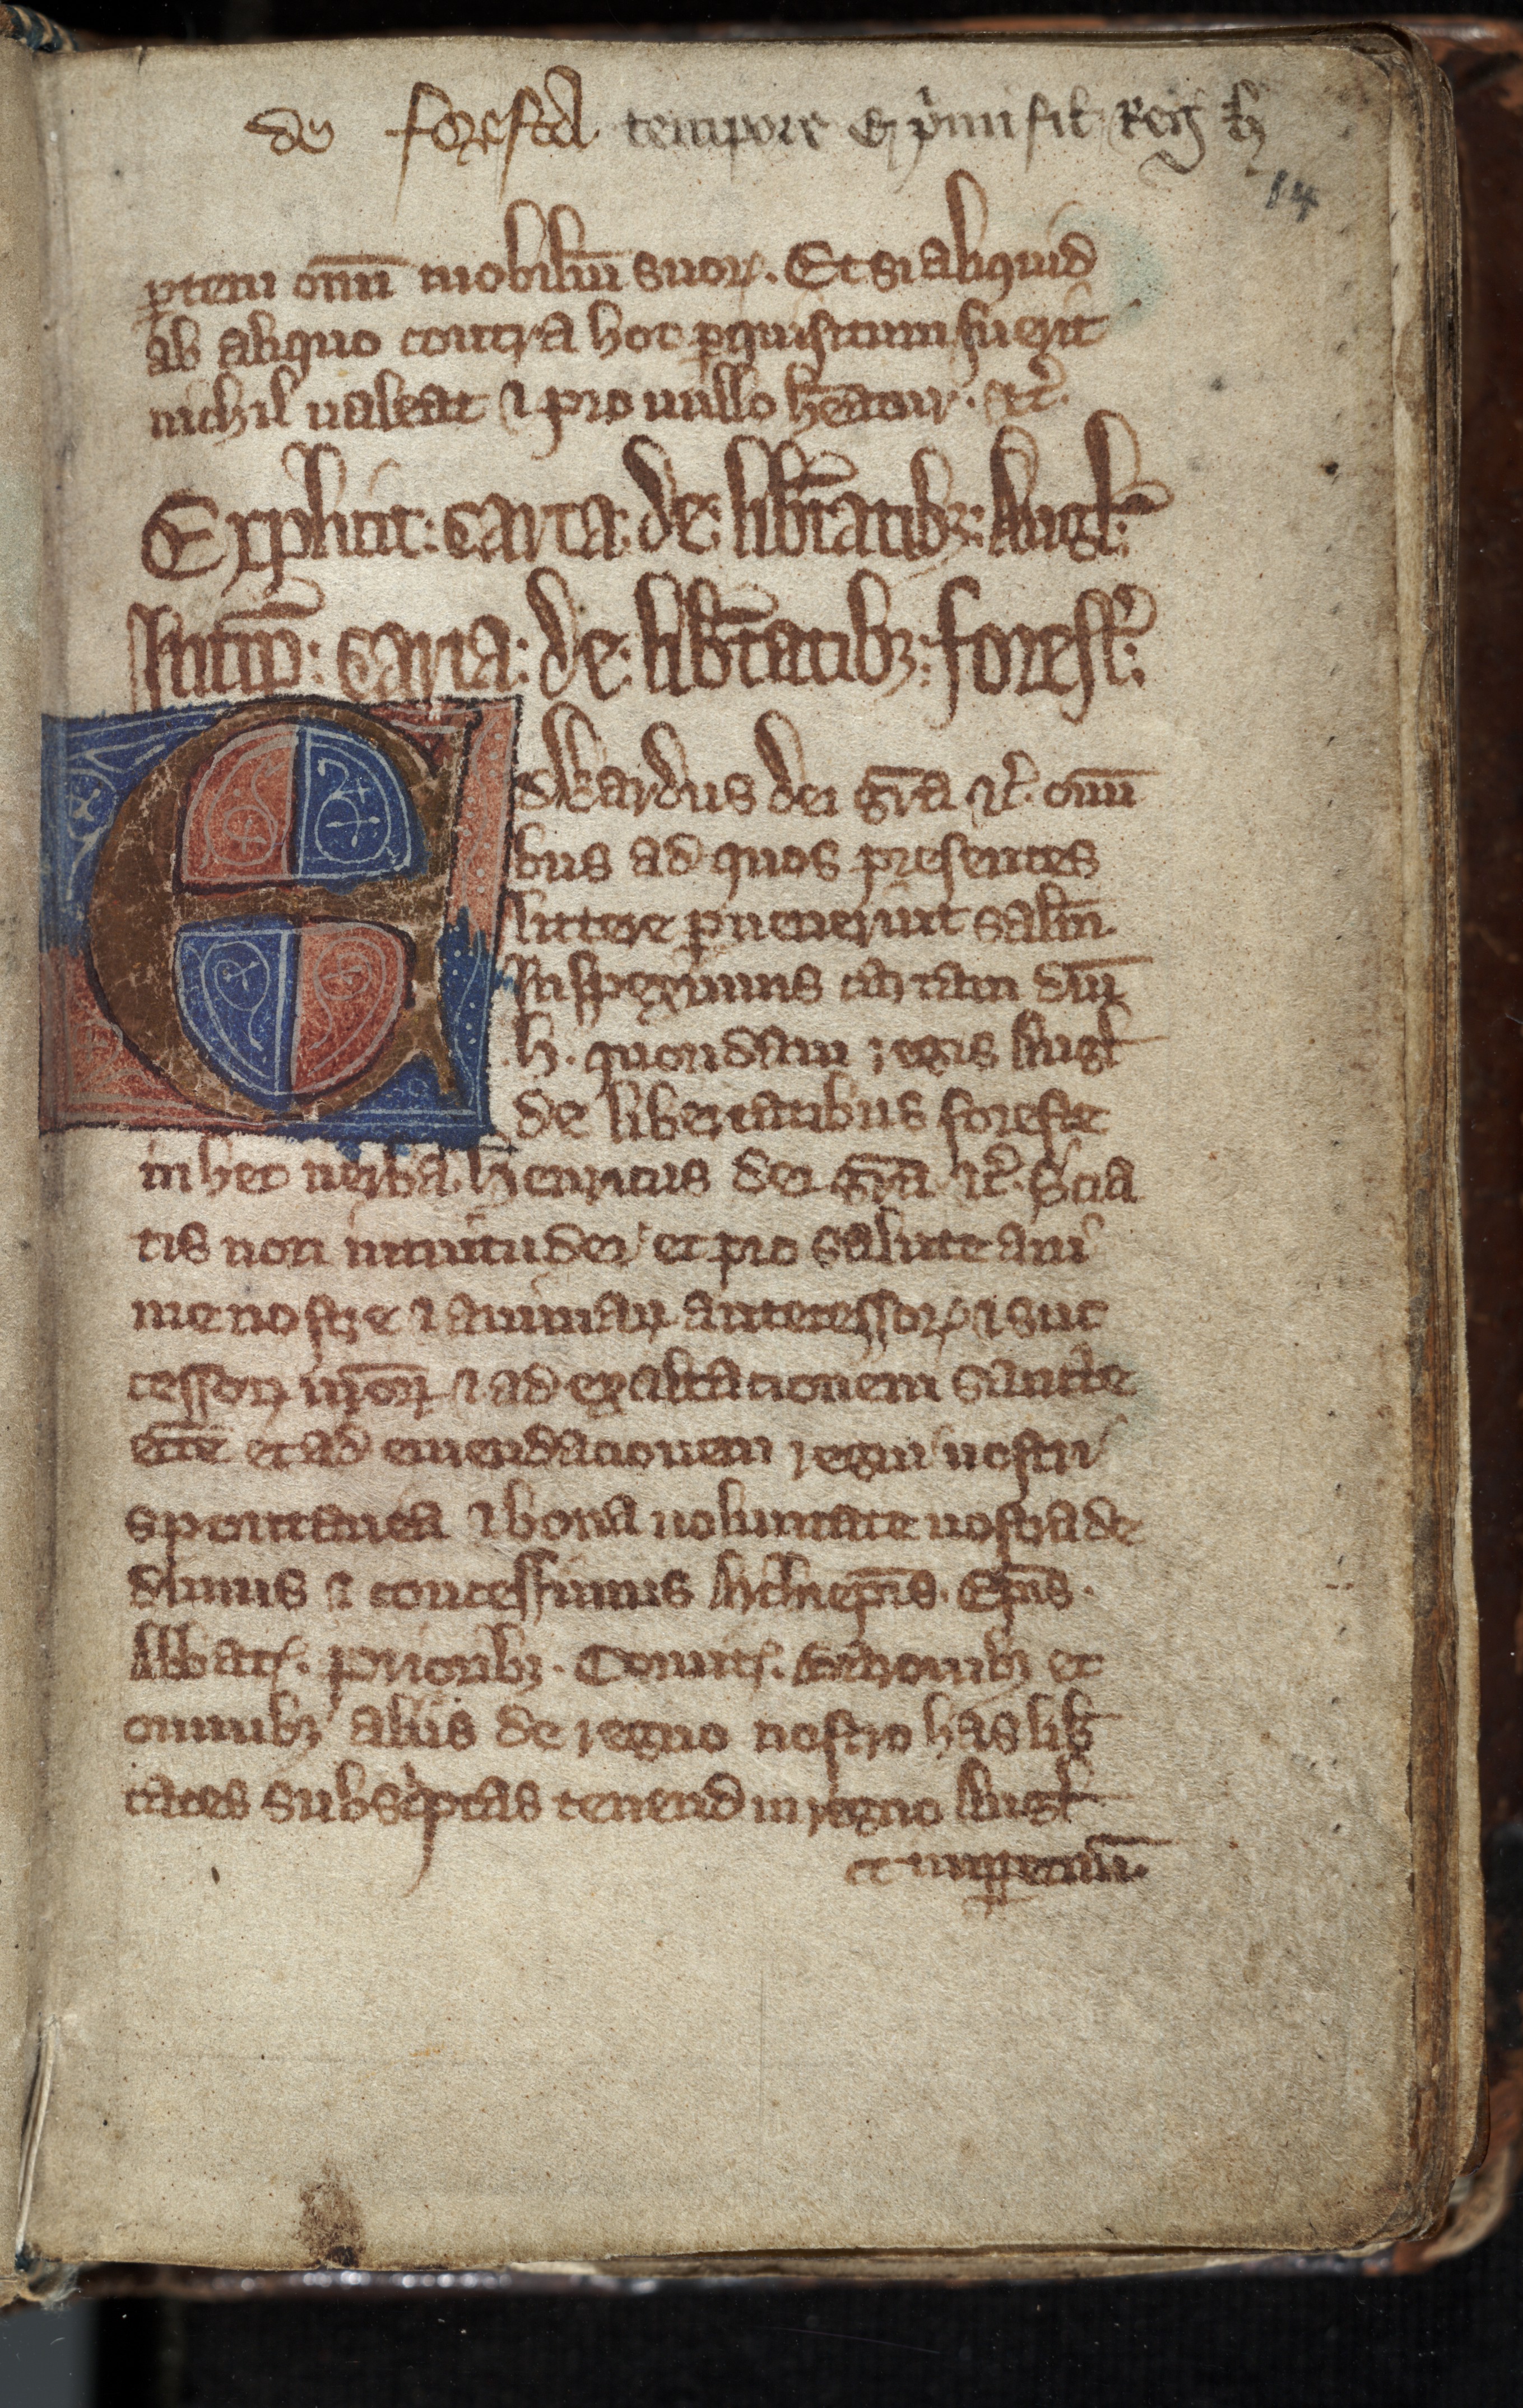
Shelfmark: Toronto, Fisher Library, ms. 01053
Century: 14